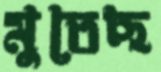
মুতেছ